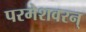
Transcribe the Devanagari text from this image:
परमेशवरन्